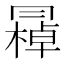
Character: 𠕭